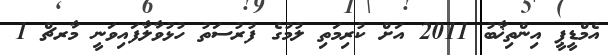
އެމްޑީޕީ އިންތިޚާބު 2011 އަށް ކުރިމަތި ލުމުގެ ފުރުސަތު ހުޅުވާލާފައިވަނީ މާރޗް 1